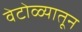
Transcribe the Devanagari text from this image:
वेटोळ्यातून